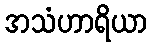
အသံဟာရိယာ